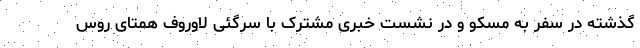
گذشته در سفر به مسکو و در نشست خبری مشترک با سرگئی لاوروف همتای روس